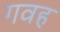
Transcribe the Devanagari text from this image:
गवह